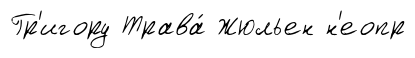
Гр'игору Трава́ Жюльен н'еопр